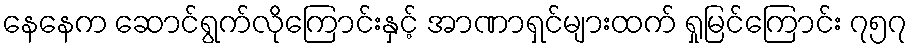
နေနေက ဆောင်ရွက်လိုကြောင်းနှင့် အာဏာရှင်များထက် ရှုမြင်ကြောင်း ၇၅၇